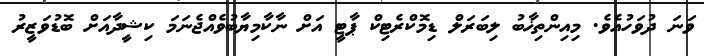
ވަނަ ދުވަހުއެވެ. މިއިންތިޚާބު ލިބަރަލް ޑިމޮކްރެޓިކް ޕާޓީ އަށް ނާކާމިޔާބުވެއްޖެނަމަ ކިޝީދާއަށް ބޮޑުވަޒީރު